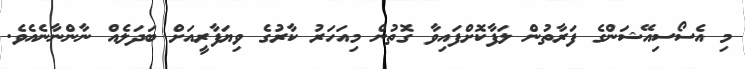
މި އެސޯސިއޭޝަންގެ ފަރާތުން ލަފާކޮށްފައިވާ ގޮތުން މިއަހަރު ކާރުގެ ވިޔަފާރީއަށް ބަދަލެއް ނާންނާނެއެވެ.